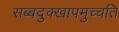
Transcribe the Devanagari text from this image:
सब्बदुक्खापमुच्चति